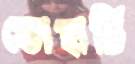
ডোহার্টি